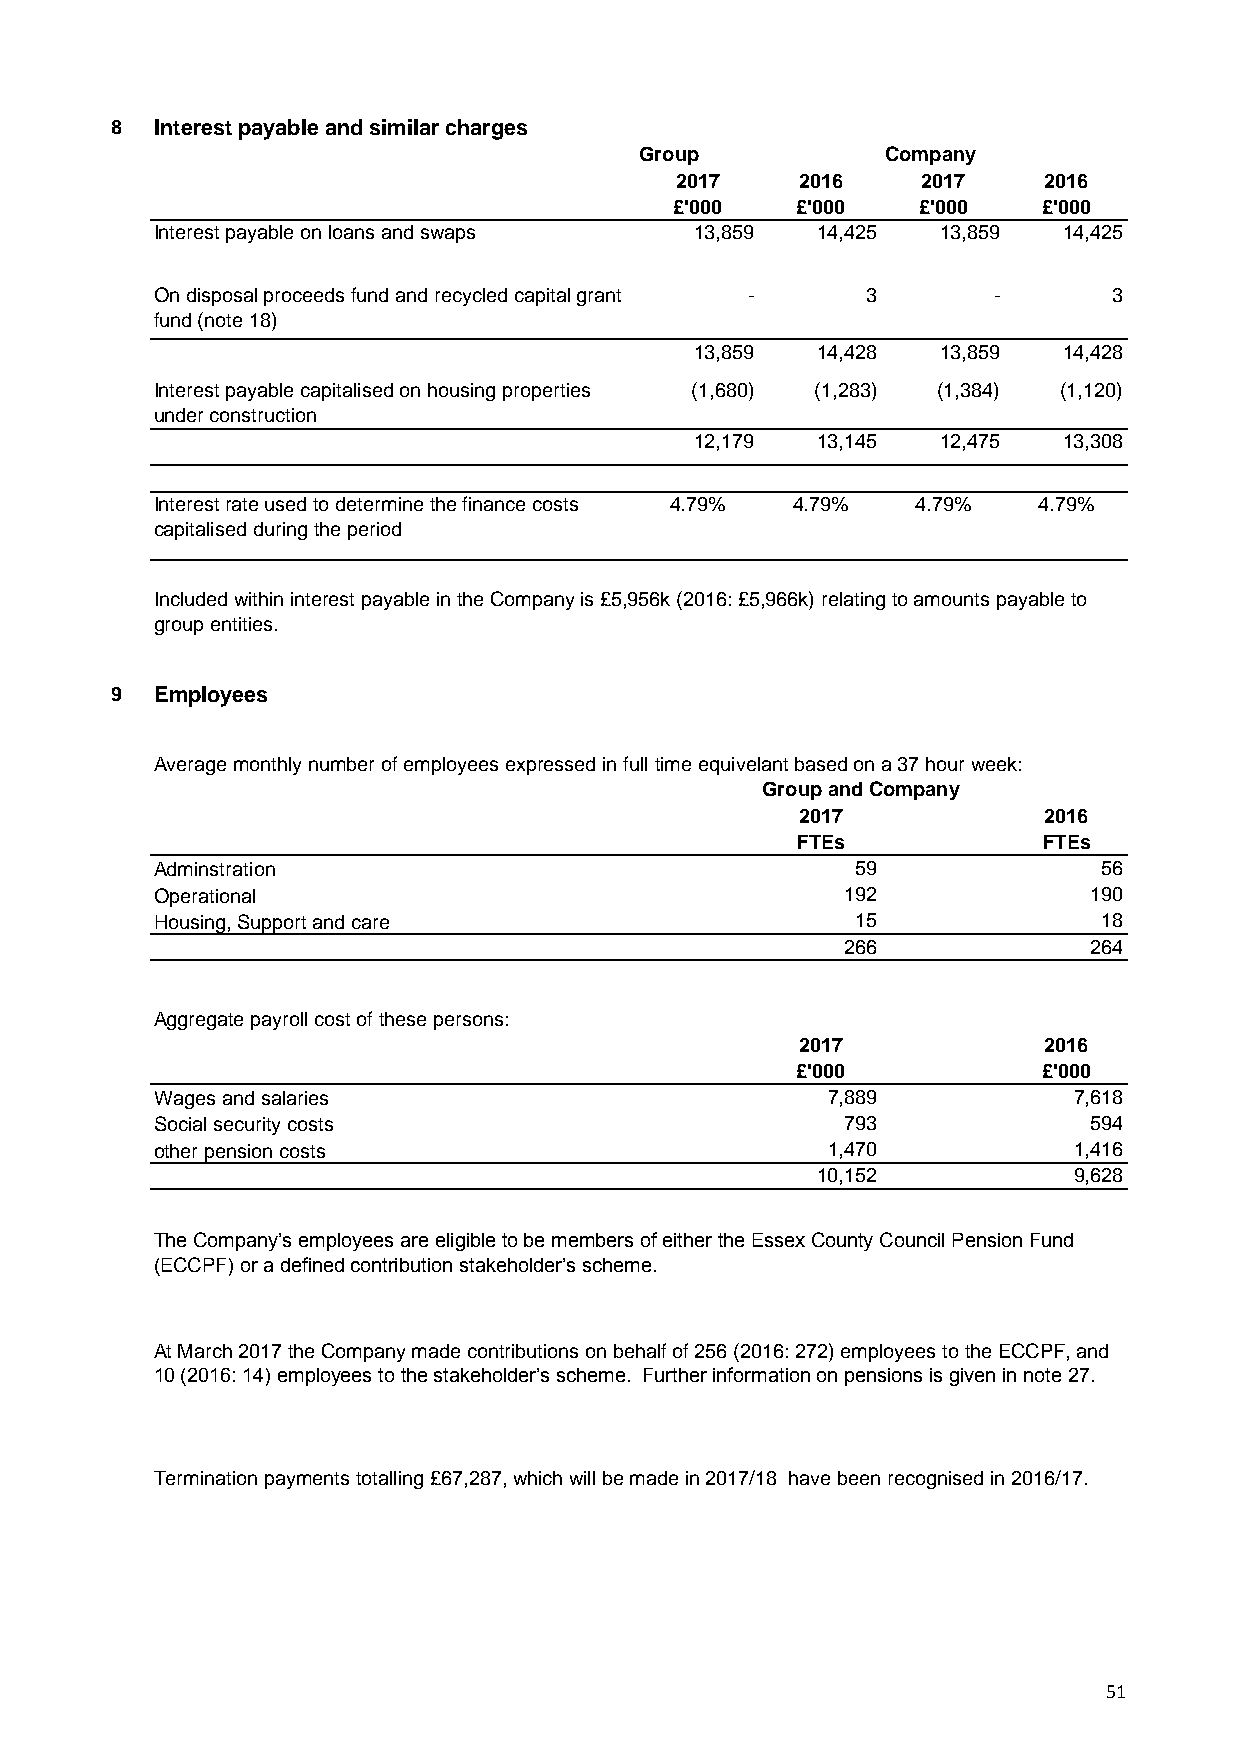
8  Interest payable and similar charges
 Group            Company
 2017    2016    2017    2016
 £'000   £'000   £'000   £'000
 Interest payable on loans and swaps 13,859  14,425  13,859  14,425
 On disposal proceeds fund and recycled capital grant - 3 -      3
 fund (note 18)
 13,859  14,428  13,859  14,428
 Interest payable capitalised on housing properties (1,680) (1,283) (1,384) (1,120)
 under construction
 12,179  13,145  12,475  13,308
 Interest rate used to determine the finance costs 4.79% 4.79% 4.79% 4.79%
 capitalised during the period
 Included within interest payable in the Company is £5,956k (2016: £5,966k) relating to amounts payable to
 group entities.
 9  Employees
 Average monthly number of employees expressed in full time equivelant based on a 37 hour week:
 Group and Company
 2017            2016
 FTEs            FTEs
 Adminstration                                  59              56
 Operational                                   192             190
 Housing, Support and care                      15              18
 266             264
 Aggregate payroll cost of these persons:
 2017            2016
 £'000           £'000
 Wages and salaries                           7,889           7,618
 Social security costs                         793             594
 other pension costs                          1,470           1,416
 10,152           9,628
 The Company’s employees are eligible to be members of either the Essex County Council Pension Fund
 (ECCPF) or a defined contribution stakeholder’s scheme.
 At March 2017 the Company made contributions on behalf of 256 (2016: 272) employees to the ECCPF, and
 10 (2016: 14) employees to the stakeholder’s scheme. Further information on pensions is given in note 27.
 Termination payments totalling £67,287, which will be made in 2017/18 have been recognised in 2016/17.
 51